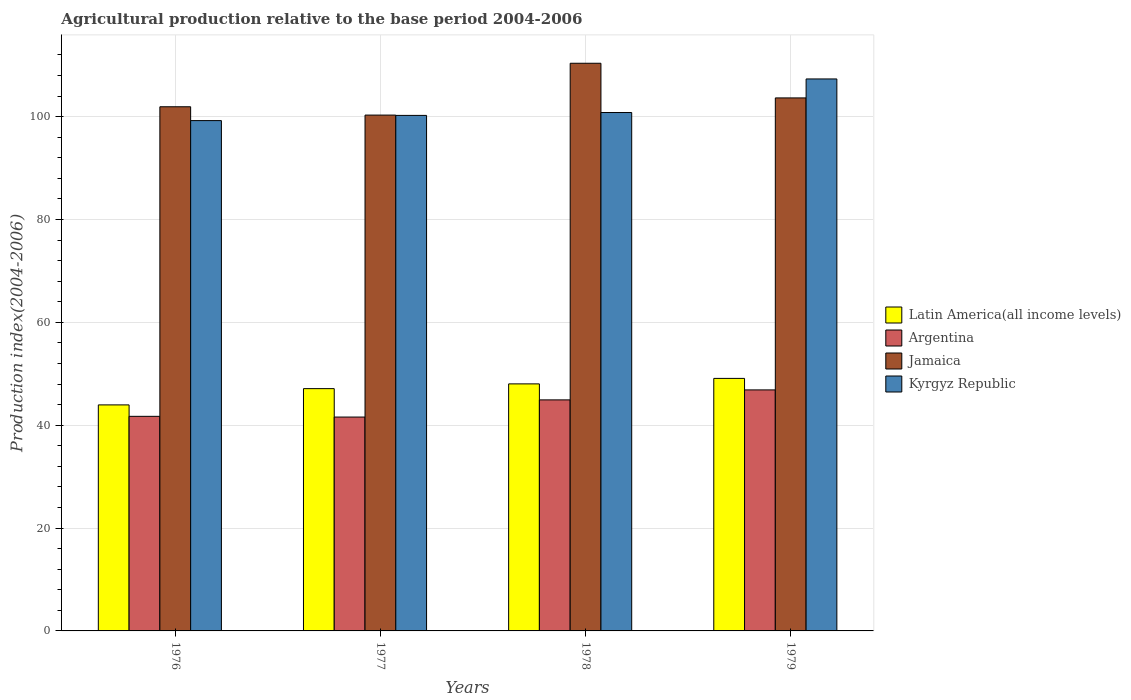
| Years | Latin America(all income levels) | Argentina | Jamaica | Kyrgyz Republic |
 | --- | --- | --- | --- | --- |
 | 1976 | 44 | 41.7 | 102 | 99.2 |
 | 1977 | 47.1 | 41.6 | 100 | 100 |
 | 1978 | 48 | 44.9 | 110 | 101 |
 | 1979 | 49.1 | 46.9 | 104 | 107 |